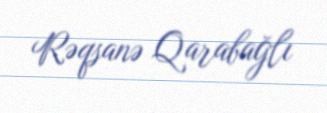
Rəqsanə Qarabağlı